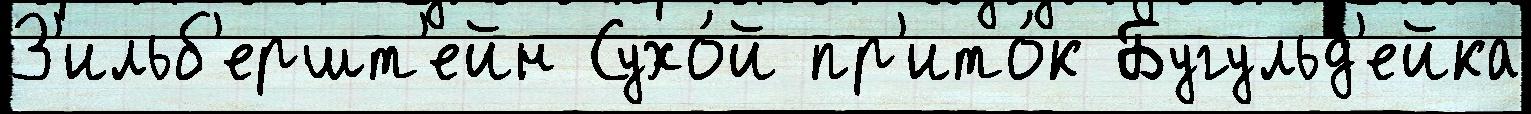
З'ильб'ершт'ейн Сухо́й пр'ито́к Бугульд'ейка